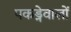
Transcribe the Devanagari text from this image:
पकड्नेवालों